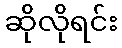
ဆိုလိုရင်း